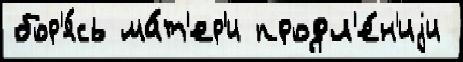
бор'я́сь ма́т'ер'и продл'е́н'иjи